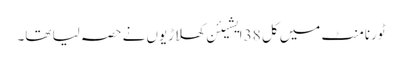
ٹورنامنٹ میں کل 38 ایشیئن کھلاڑیوں نے حصہ لیا تھا۔